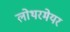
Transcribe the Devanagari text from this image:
लोथरमेयर